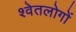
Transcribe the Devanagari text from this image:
श्वेतलोगों